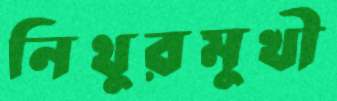
নিথুরমুখী